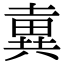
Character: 𡐢